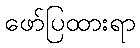
ဖော်ပြထားရာ